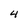
Character: 4